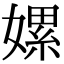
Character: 嫘